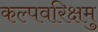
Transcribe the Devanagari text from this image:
कल्पवरिक्षमु